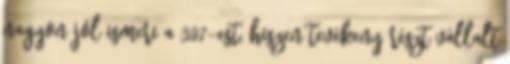
nagyon jól ismeri a 307-est, hiszen tevékeny részt vállalt